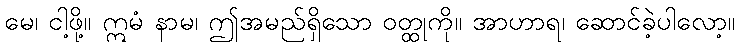
မေ၊ ငါ့ဖို့။ ဣမံ နာမ၊ ဤအမည်ရှိသော ဝတ္ထုကို။ အာဟာရ၊ ဆောင်ခဲ့ပါလော့။